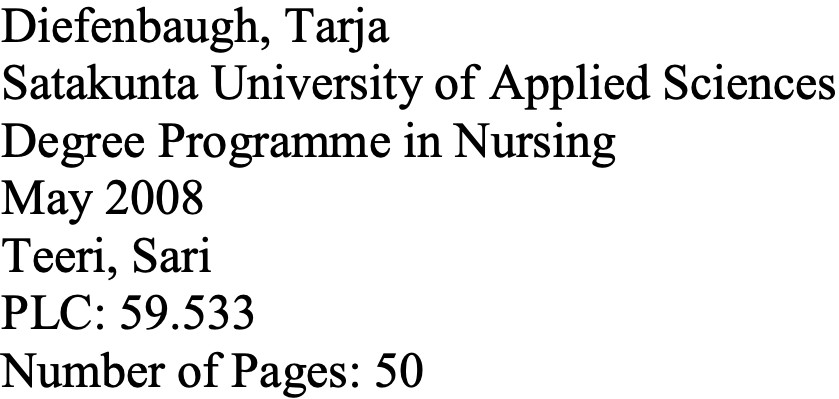
Diefenbaugh, Tarja Satakunta University of Applied Sciences Degree Programme in Nursing May 2008 Teeri, Sari PLC: 59.533 Number of Pages: 50